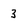
Character: 3